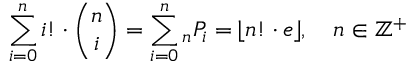
\sum _ { i = 0 } ^ { n } i ! \cdot { \binom { n } { i } } = \sum _ { i = 0 } ^ { n } { } _ { n } P _ { i } = \lfloor n ! \cdot e \rfloor , \quad n \in \mathbb { Z } ^ { + }